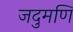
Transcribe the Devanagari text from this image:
जदुमणि